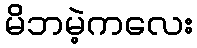
မိဘမဲ့ကလေး